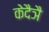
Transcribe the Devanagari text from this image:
केदैञै